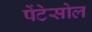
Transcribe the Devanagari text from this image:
पेंटेसोल